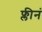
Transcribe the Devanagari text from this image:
फ्लीनं